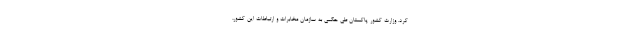
کرد. وزارت کشور پاکستان طی حکمی به سازمان مخابرات و ارتباطات این کشور،